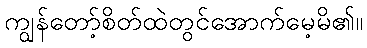
ကျွန်တော့်စိတ်ထဲတွင်အောက်မေ့မိ၏။